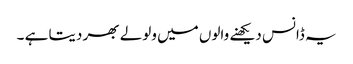
یہ ڈانس دیکھنے والوں میں ولولے بھر دیتا ہے ۔